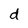
Character: d